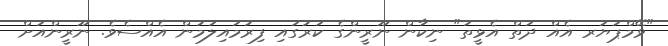
"ވޭމްޕަޔަރ އެއް ދަތް އެޅީތަ" ނިކާން ނޫރީންގެ ކަރުގައި ފިރުމައިލަމުން އެއްސެވެ. ނޫރީންއަށް